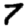
Digit: 7